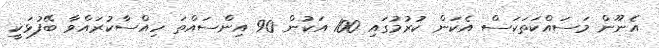
އެނޫން މަސައްކަތަކަސް އެކަން ކުރުމުގައި 100 އަކުން 90 އިންސައްތަ ހިއްސާކުރައްވާ ބޭފުޅަކީ